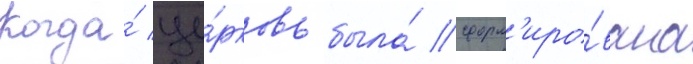
Когда́ це́рковь была́ сформ'иро́вана